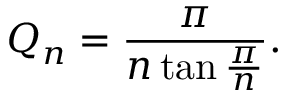
Q _ { n } = { \frac { \pi } { n \tan { \frac { \pi } { n } } } } .